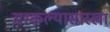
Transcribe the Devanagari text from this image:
सरकल्यासारखा